Report of the Hyderabad Chloroform Commission
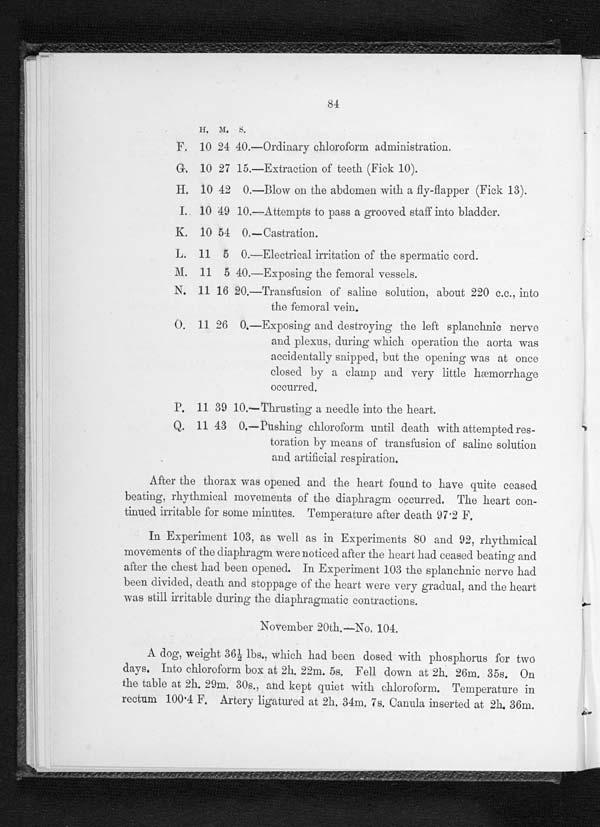
84
H . M . S .
F.
10 24 40.—Ordinary chloroform administration.
G.
10 27 15.—Extraction of teeth (Fick 10).
H.
10 42 0.—Blow on the abdomen with a fly-flapper (Fick 13).
I.
10 49 10.—Attempts to pass a grooved staff into bladder.
K. 10 54 0.—Castration.
L. 11 5 0.—Electrical irritation of the spermatic cord.
M. 11 5 40.—Exposing the femoral vessels.
N. 11 16 20.—Transfusion of saline solution, about 220 c.c., into
the femoral vein.
O . 1 1 2 6 0 . — E x p o s i n g a n d d e s t r o y i n g t h e l e f t s p l a n c h n i c n e r v e
and plexus, during which operation the aorta was
accidentally snipped, but the opening was at once
closed by a clamp and very little hæmorrhage
occurred.
P. 11 39 10.—Thrusting a needle into the heart.
Q. 11 43 0.—Pushing chloroform until death with attempted res-
toration by means of transfusion of saline solution
and artificial respiration.
After the thorax was opened and the heart found to have quite ceased
beating, rhythmical movements of the diaphragm occurred. The heart con-
tinued irritable for some minutes. Temperature after death 97.2 F.
In Experiment 103, as well as in Experiments 80 and 92, rhythmical
movements of the diaphragm were noticed after the heart, had ceased beating and
after the chest had been opened. In Experiment 103 the splanchnic nerve had
been divided, death and stoppage of the heart were very gradual, and the heart
was still irritable during the diaphragmatic contractions.
November 20th—No. 104.
A dog, wei ght 361/ 2 l bs. , whi ch had been dosed wi t h phosphorus for t wo
days. Into chloroform box at 2h. 22m. 5s. Fell down at 2h. 26m. 35s. On
the table at 2h. 29m. 30s., and kept quiet with chloroform. Temperature in
rectum 100.4 F. Artery ligatured at 2h. 34m. 7s. Canula inserted at 2h. 36m.